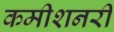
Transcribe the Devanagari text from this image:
कमीशनरी